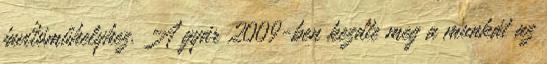
javítóműhelyhez. A gyár 2009-ben kezdte meg a munkát az